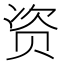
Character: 资